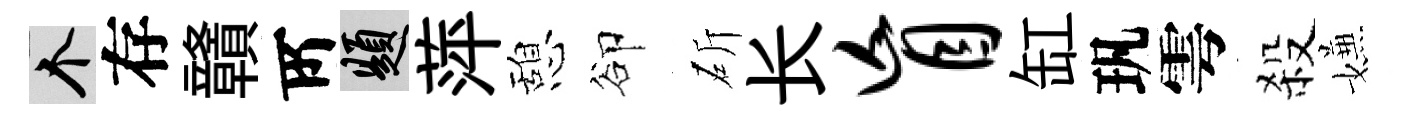
个存贛𠩄題萍憩卻斫长盲缸㺬雩殺嫌